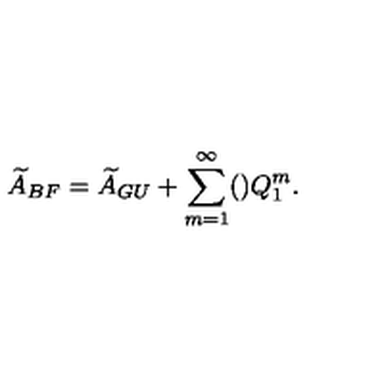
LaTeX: { \widetilde A } _ { B F } = { \widetilde A } _ { G U } + \sum _ { m = 1 } ^ { \infty } ( ) Q _ { 1 } ^ { m } .